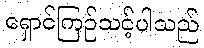
ရှောင်ကြဉ်သင့်ပါသည်